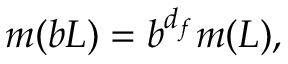
m ( b L ) = b ^ { d _ { f } } m ( L ) ,